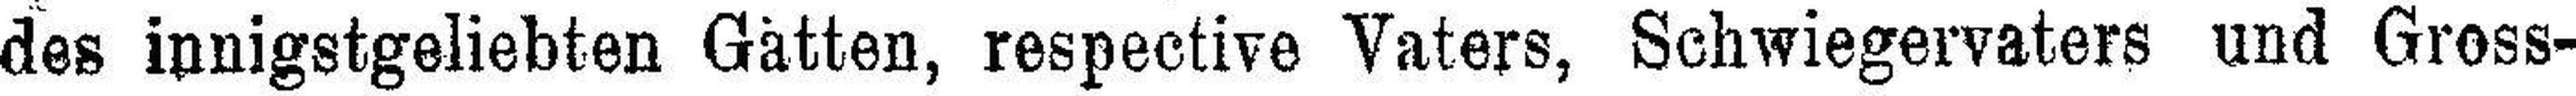
des innigstgeliebten Gatten, respective Vaters, Schwiegervaters und Gross¬